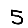
Digit: 5